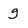
Character: g